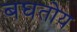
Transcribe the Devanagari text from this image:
बघतोय